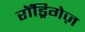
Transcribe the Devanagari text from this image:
रॉड्रिगेज़